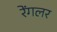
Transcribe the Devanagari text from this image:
रेंगलर